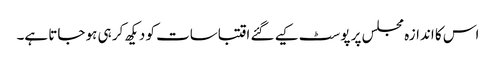
اس کا اندازہ مجلس پر پوسٹ کیے گئے اقتباسات کو دیکھ کر ہی ہو جاتا ہے۔